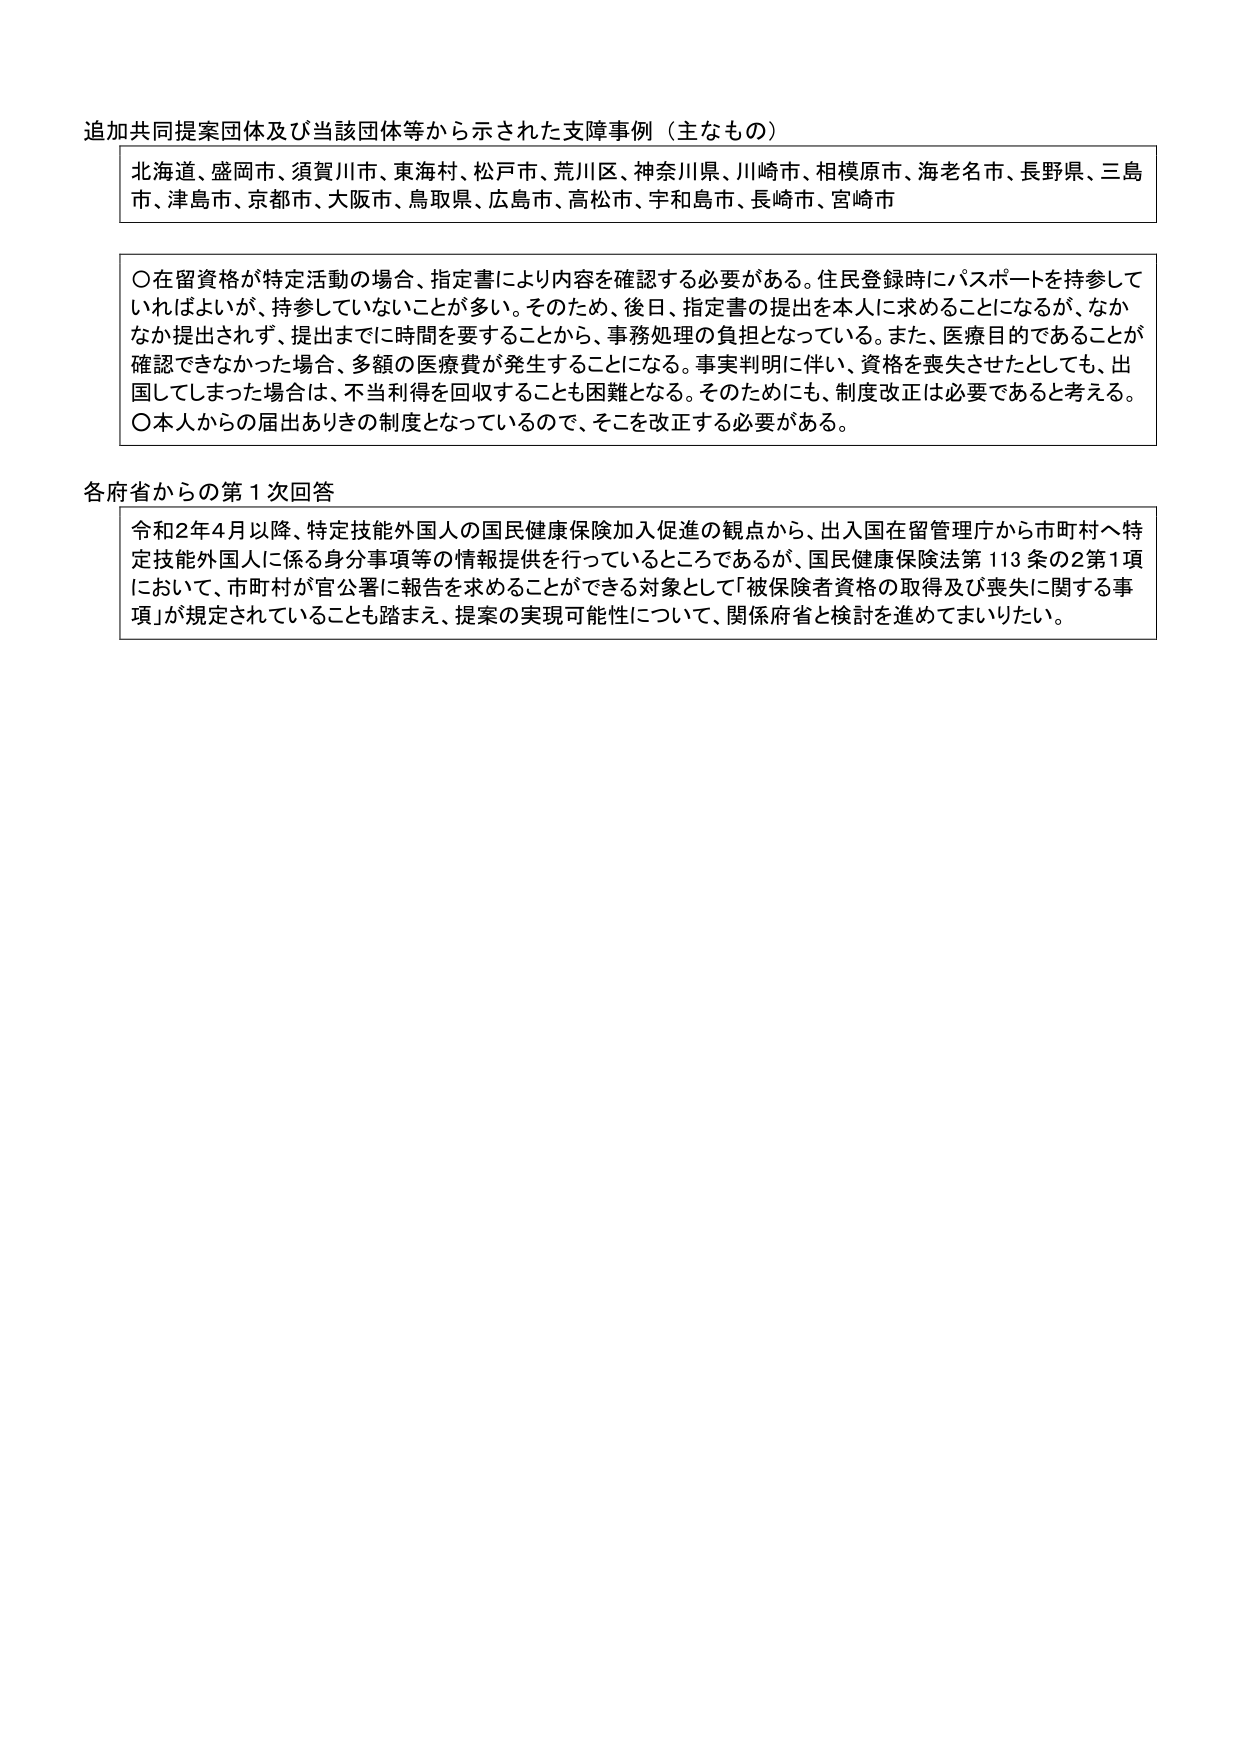
追加共同提案団体及び当該団体等から示された支障事例（主なもの）

北海道、盛岡市、須賀川市、東海村、松戸市、荒川区、神奈川県、川崎市、相模原市、海老名市、長野県、三島市、津島市、京都市、大阪市、鳥取県、広島市、高松市、宇和島市、長崎市、宮崎市

〇在留資格が特定活動の場合、指定書により内容を確認する必要がある。住民登録時にパスポートを持参していればよいが、持参していないことが多い。そのため、後日、指定書の提出を本人に求めることになるが、なかなか提出されず、提出までに時間を要することから、事務処理の負担となっている。また、医療目的であることが確認できなかった場合、多額の医療費が発生することになる。事実判明に伴い、資格を喪失させたとしても、出国してしまった場合は、不当利得を回収することも困難となる。そのためにも、制度改正は必要であると考える。
〇本人からの届出ありきの制度となっているので、そこを改正する必要がある。

各府省からの第1次回答

令和2年4月以降、特定技能外国人の国民健康保険加入促進の観点から、出入国在留管理庁から市町村へ特定技能外国人に係る身分事項等の情報提供を行っているところであるが、国民健康保険法第113条の2第1項において、市町村が官公署に報告を求めることができる対象として「被保険者資格の取得及び喪失に関する事項」が規定されていることも踏まえ、提案の実現可能性について、関係府省と検討を進めてまいりたい。